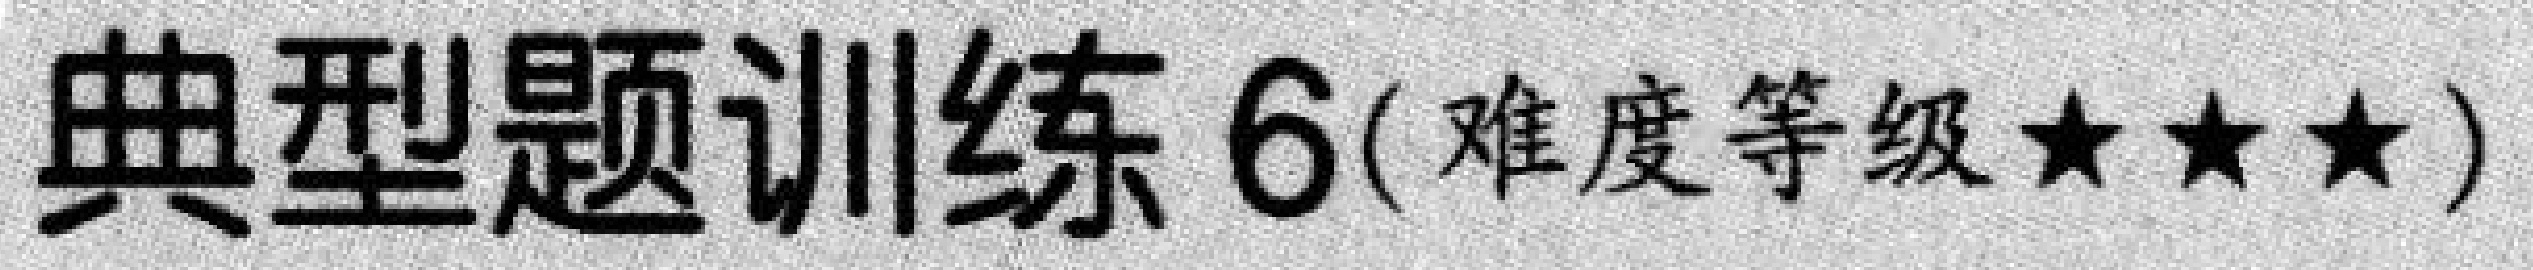
典型题训练 6(难度等级★★★)